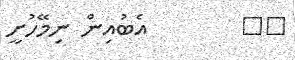
٢٦        އެބުއިން ނިމޭހުށީ